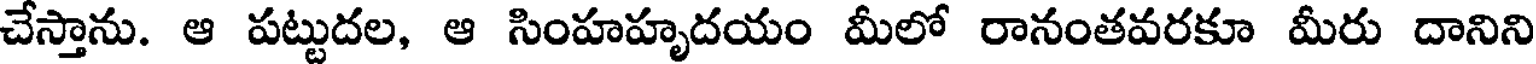
చేస్తాను. ఆ పట్టుదల, ఆ సింహహృదయం మీలో రానంతవరకూ మీరు దానిని